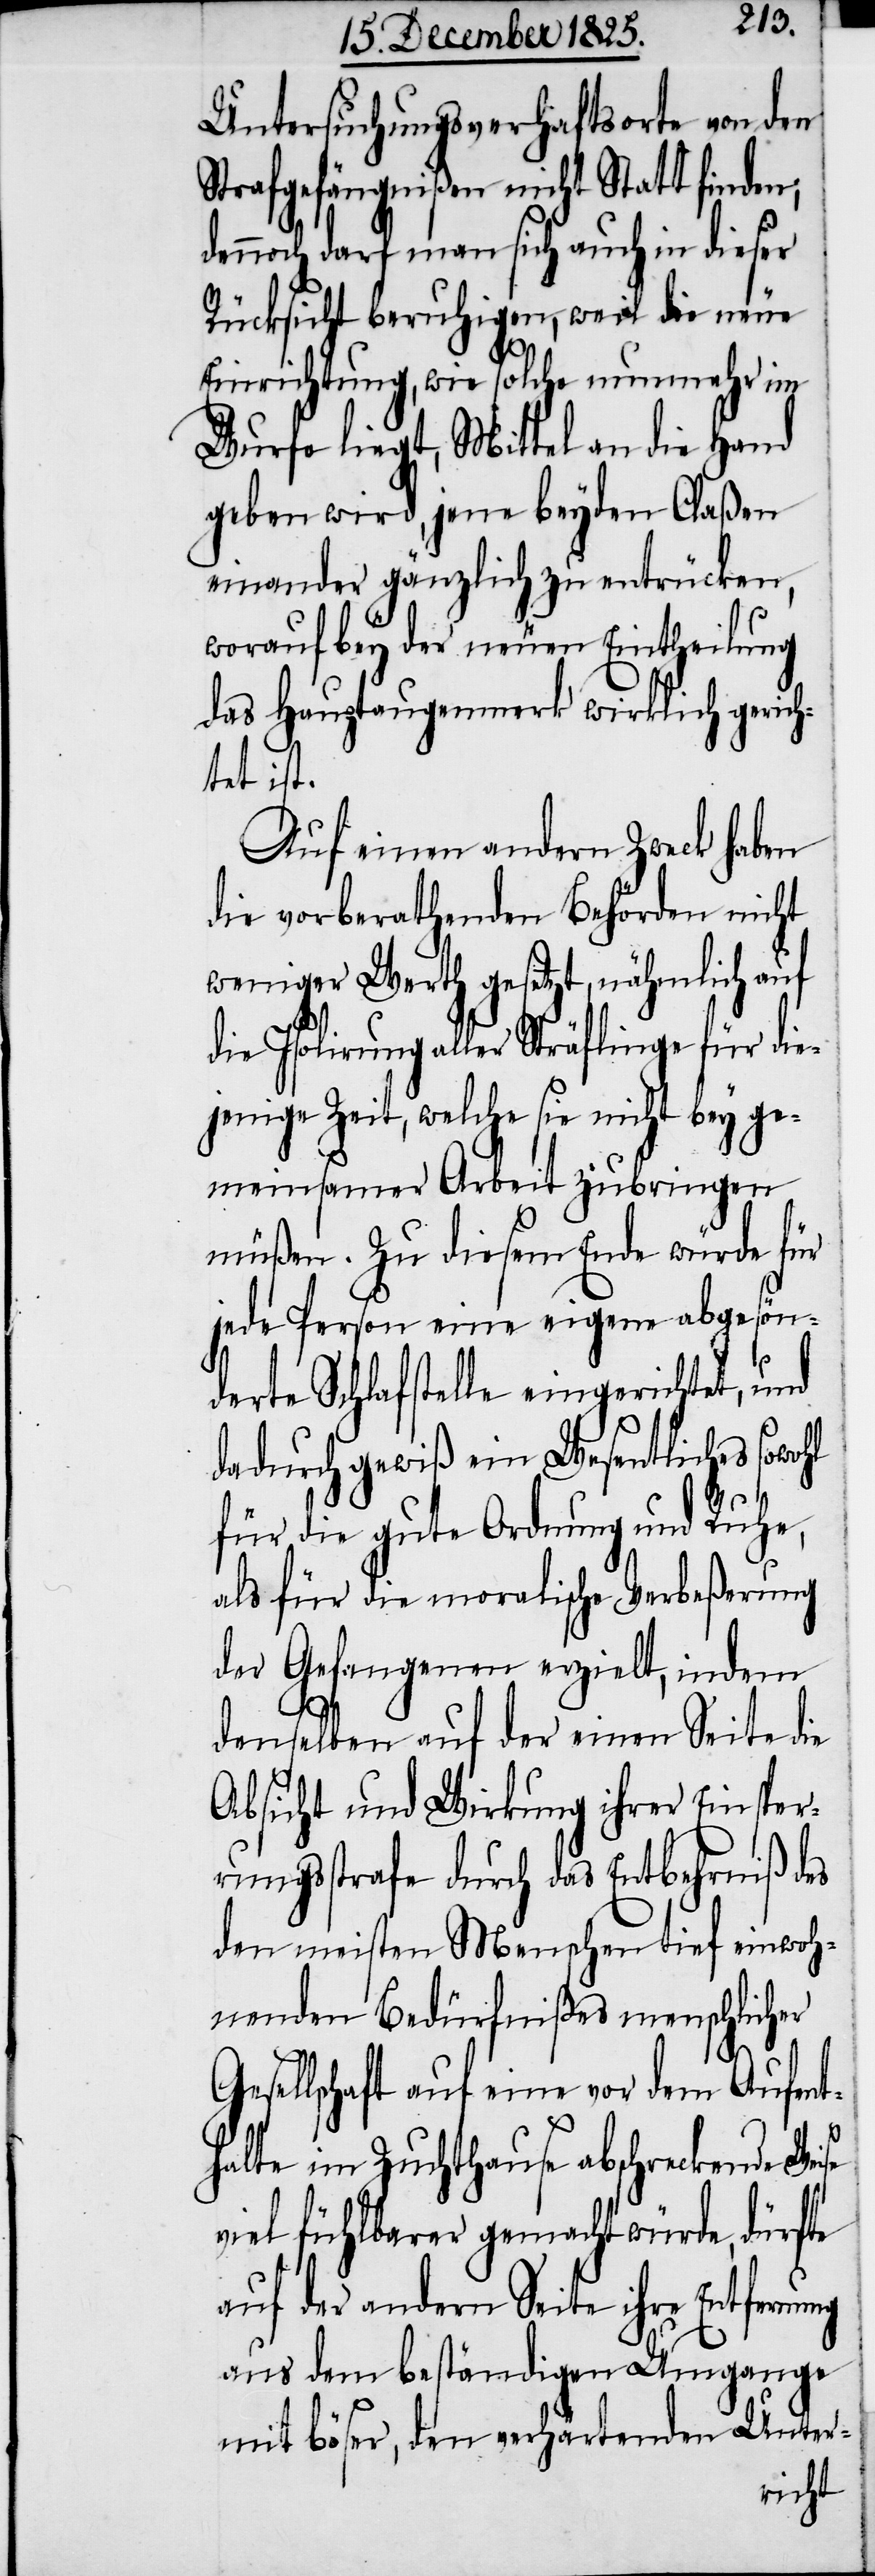
Untersuchungsverhaftsorte von den
Strafgefängnißen nicht Statt finden,
dennoch darf man sich auch in dieser
Rücksicht beruhigen, weil die neue
Einrichtung, wie solche nunmehr im
Wurfe liegt, Mittel an die Hand
geben wird, jene beyden Claßen
einander gänzlich zu entrücken,
worauf bey der neuen Eintheilung
das Hauptaugenmerk wirklich gerich¬
tet ist.
Auf einen andern Zweck haben
die vorberathenden Behörden nicht
weniger Werth gesetzt, nähmlich auf
die Isolirung aller Sträflinge für die¬
jenige Zeit, welche sie nicht bey ge¬
meinsamer Arbeit zubringen
müßen. Zu diesem Ende würde für
jede Person eine eigene abgesön¬
derte Schlafstelle eingerichtet, und
dadurch gewiß ein Wesentliches sowohl
für die gute Ordnung und Ruhe,
als für die moralische Verbeßerung
der Gefangenen erzielt, indem
denselben auf der einen Seite
Absicht und Wirkung ihrer Einsper¬
rungsstrafe durch das Entbehrniß des
den meisten Menschen tief einwoh¬
nenden Bedürfnißes menschlicher
Gesellschaft auf eine vor dem Aufent¬
halte in Zuchthause abschreckende Weise
viel fühlbarer gemacht würde, dürfte
auf der andern Seite ihre Entfernung
aus dem beständigen Umgange
Unter-
den
ärten¬
mit böser, den v¬